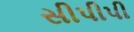
સીપીપી